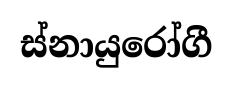
ස්නායුරෝගී